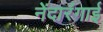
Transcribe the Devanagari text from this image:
नेंदारंगाई